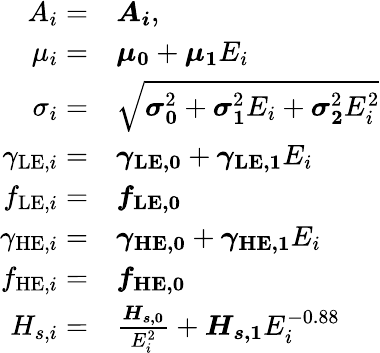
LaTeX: \begin{array}{rl}{A_{i}=}&{\boldsymbol{A_{i}},}\\ {\mu_{i}=}&{\boldsymbol{\mu_{0}}+\boldsymbol{\mu_{1}}E_{i}}\\ {\sigma_{i}=}&{\sqrt{\boldsymbol{\sigma_{0}}^{2}+\boldsymbol{\sigma_{1}}^{2}E_{i}+\boldsymbol{\sigma_{2}}^{2}E_{i}^{2}}}\\ {\gamma_{\mathrm{LE},i}=}&{\boldsymbol{\gamma_{\mathrm{LE},0}}+\boldsymbol{\gamma_{\mathrm{LE},1}}E_{i}}\\ {f_{\mathrm{LE},i}=}&{\boldsymbol{f_{\mathrm{LE},0}}}\\ {\gamma_{\mathrm{HE},i}=}&{\boldsymbol{\gamma_{\mathrm{HE},0}}+\boldsymbol{\gamma_{\mathrm{HE},1}}E_{i}}\\ {f_{\mathrm{HE},i}=}&{\boldsymbol{f_{\mathrm{HE},0}}}\\ {H_{s,i}=}&{\frac{\boldsymbol{H_{s,0}}}{E_{i}^{2}}+\boldsymbol{H_{s,1}}E_{i}^{-0.88}}\end{array}